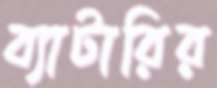
ব্যাটারির